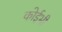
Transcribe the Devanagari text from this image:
कोईभी